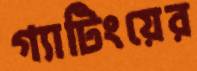
গ্যাটিংয়ের